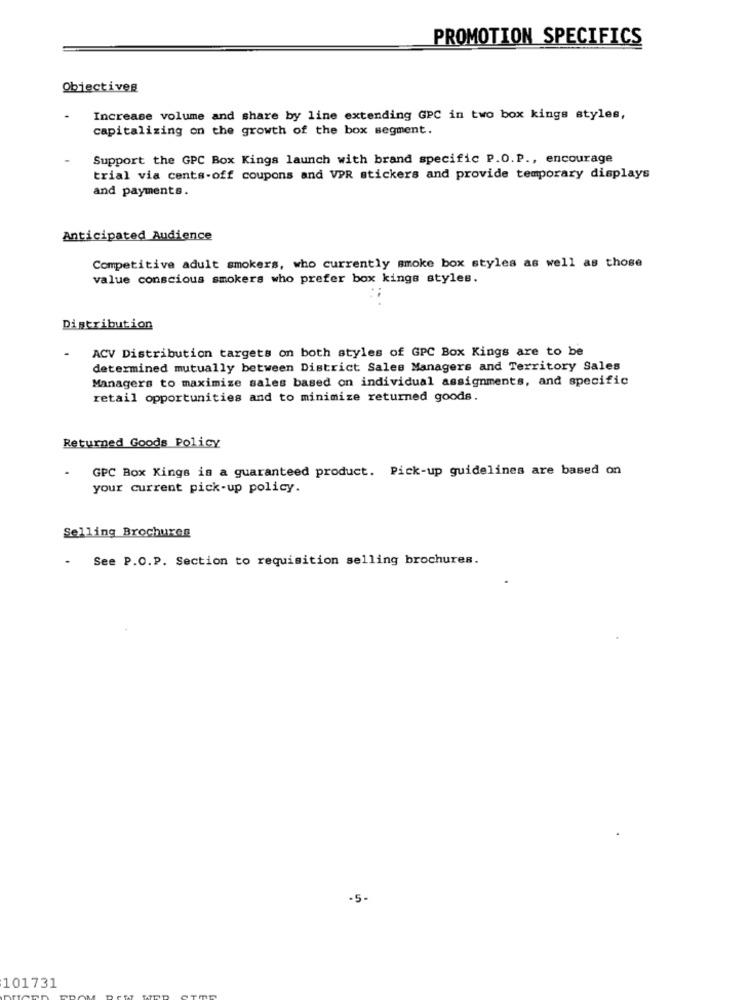
PROMOTION SPECIFICS
Objectives
Increase volume and share by line extending GPC in two box kings styles,
capitalizing on the growth of the box segment.
Support the GPC Box Kings launch with brand specific P.O.P ., encourage
trial via cents-off coupons and VPR stickers and provide temporary displays
and payments.
Anticipated Audience
Competitive adult smokers, who currently smoke box styles as well as those
value conscious smokers who prefer box kings styles.
Distribution
ACV Distribution targets on both styles of GPC Box Kings are to be
determined mutually between District Sales Managers and Territory Sales
Managers to maximize sales based on individual assignments, and specific
retail opportunities and to minimize returned goods.
Returned Goods Policy
GPC Box Kings is a guaranteed product. Pick-up guidelines are based on
your current pick-up policy.
Selling Brochuren
See P.O.P. Section to requisition selling brochures.
-5-
101731